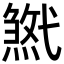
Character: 𢎓